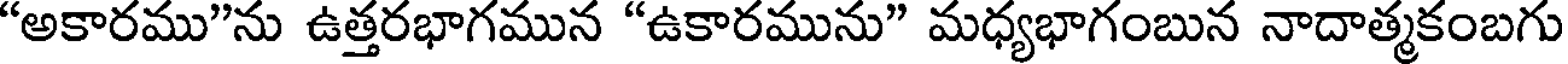
"అకారము"ను ఉత్తరభాగమున "ఉకారమును" మధ్యభాగంబున నాదాత్మకంబగు